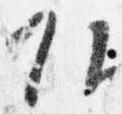
頭